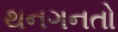
થનગનતો